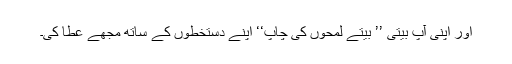
اور اپنی آپ بیتی ’’ بیتے لمحوں کی چاپ‘‘ اپنے دستخطوں کے ساتھ مجھے عطا کی۔